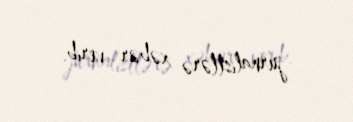
jurnalistlərə xəbər verib.